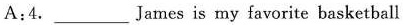
A:4.___James is my favorite basketball